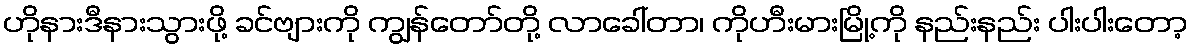
ဟိုနားဒီနားသွားဖို့ ခင်ဗျားကို ကျွန်တော်တို့ လာခေါ်တာ၊ ကိုဟီးမားမြို့ကို နည်းနည်း ပါးပါးတော့